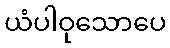
ယံပါဝုသောပေ